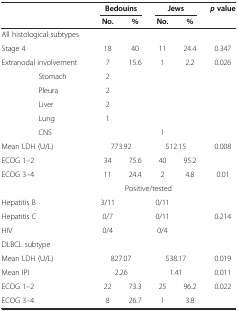
<table><thead><tr><td colspan="2"></td><td colspan="2"><b>Bedouins</b></td><td colspan="2"><b>Jews</b></td><td><b><i>p</i> value</b></td></tr><tr><td colspan="2"></td><td><b>No.</b></td><td><b>%</b></td><td><b>No.</b></td><td><b>%</b></td><td></td></tr></thead><tbody><tr><td colspan="2">All histological subtypes</td><td></td><td></td><td></td><td></td><td></td></tr><tr><td colspan="2">Stage 4</td><td>18</td><td>40</td><td>11</td><td>24.4</td><td>0.347</td></tr><tr><td colspan="2">Extranodal involvement</td><td>7</td><td>15.6</td><td>1</td><td>2.2</td><td>0.026</td></tr><tr><td></td><td>Stomach</td><td>2</td><td></td><td></td><td></td><td></td></tr><tr><td></td><td>Pleura</td><td>2</td><td></td><td></td><td></td><td></td></tr><tr><td></td><td>Liver</td><td>2</td><td></td><td></td><td></td><td></td></tr><tr><td></td><td>Lung</td><td>1</td><td></td><td></td><td></td><td></td></tr><tr><td></td><td>CNS</td><td></td><td></td><td>1</td><td></td><td></td></tr><tr><td colspan="2">Mean LDH (U/L)</td><td colspan="2">773.92</td><td colspan="2">512.15</td><td>0.008</td></tr><tr><td colspan="2">ECOG 1–2</td><td>34</td><td>75.6</td><td>40</td><td>95.2</td><td></td></tr><tr><td colspan="2">ECOG 3–4</td><td>11</td><td>24.4</td><td>2</td><td>4.8</td><td>0.01</td></tr><tr><td colspan="2"></td><td colspan="4">Positive/tested</td><td></td></tr><tr><td colspan="2">Hepatitis B</td><td>3/11</td><td></td><td>0/11</td><td></td><td></td></tr><tr><td colspan="2">Hepatitis C</td><td>0/7</td><td></td><td>0/11</td><td></td><td>0.214</td></tr><tr><td colspan="2">HIV</td><td>0/4</td><td></td><td>0/4</td><td></td><td></td></tr><tr><td colspan="2">DLBCL subtype</td><td></td><td></td><td></td><td></td><td></td></tr><tr><td colspan="2">Mean LDH (U/L)</td><td colspan="2">827.07</td><td colspan="2">538.17</td><td>0.019</td></tr><tr><td colspan="2">Mean IPI</td><td colspan="2">2.26</td><td colspan="2">1.41</td><td>0.011</td></tr><tr><td colspan="2">ECOG 1–2</td><td>22</td><td>73.3</td><td>25</td><td>96.2</td><td>0.022</td></tr><tr><td colspan="2">ECOG 3–4</td><td>8</td><td>26.7</td><td>1</td><td>3.8</td><td></td></tr></tbody></table>